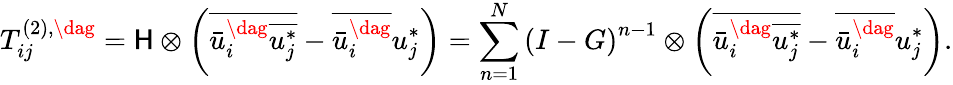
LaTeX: T_{ij}^{\left(2\right),\dag}=\mathsf{H}\otimes\left({\overline{{{\bar{{u}}_{i}^{\dag}\overline{{{u_{j}^{*}}}}}}}-\overline{{{\bar{{u}}_{i}^{\dag}}}}u_{j}^{*}}\right)=\sum_{n=1}^{N}{{{\left({I-G}\right)}^{n-1}}\otimes\left({\overline{{{\bar{{u}}_{i}^{\dag}\overline{{{u_{j}^{*}}}}}}}-\overline{{{\bar{{u}}_{i}^{\dag}}}}u_{j}^{*}}\right)}.